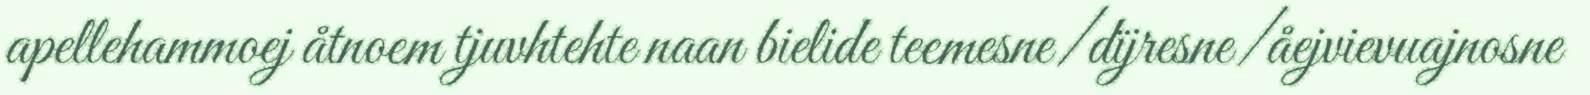
apellehammoej åtnoem tjuvhtehte naan bielide teemesne/dïjresne/åejvievuajnosne